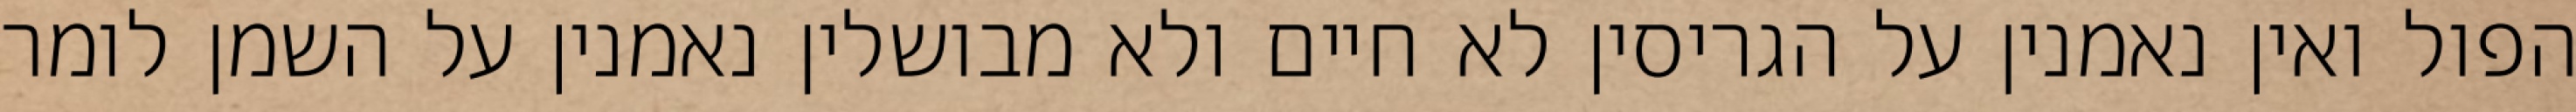
הפול ואין נאמנין על הגריסין לא חיים ולא מבושלין נאמנין על השמן לומר